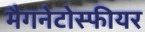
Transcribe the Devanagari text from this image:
मैगनेटोस्फीयर